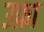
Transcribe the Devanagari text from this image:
उफ़ा